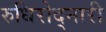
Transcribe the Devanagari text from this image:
रुधिरोद्नारी